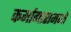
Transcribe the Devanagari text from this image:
कर्मागारामध्ये